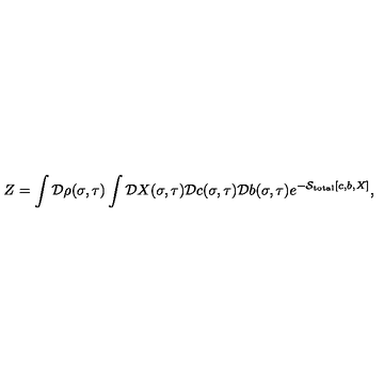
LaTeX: Z = \int { \cal D } \rho ( \sigma , \tau ) \int { \cal D } X ( \sigma , \tau ) { \cal D } c ( \sigma , \tau ) { \cal D } b ( \sigma , \tau ) e ^ { - { \cal S } _ { \mathrm { t o t a l } } [ c , b , X ] } ,